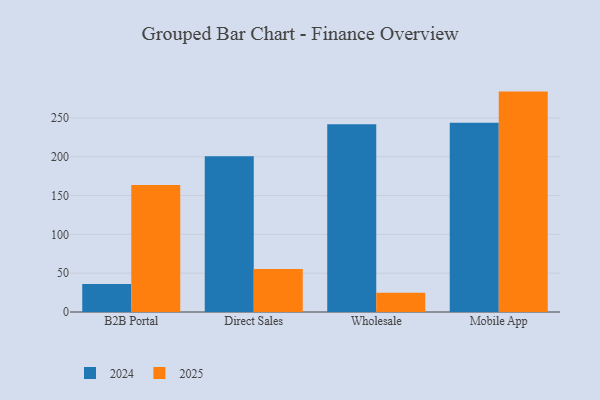
{"axis": {"x": "Channel", "y": "Satisfaction Score"}, "legend": ["2024", "2025"], "data": [{"x": "B2B Portal", "y": 36.1, "type": "2024"}, {"x": "B2B Portal", "y": 163.5, "type": "2025"}, {"x": "Direct Sales", "y": 200.6, "type": "2024"}, {"x": "Direct Sales", "y": 55.4, "type": "2025"}, {"x": "Wholesale", "y": 241.8, "type": "2024"}, {"x": "Wholesale", "y": 24.7, "type": "2025"}, {"x": "Mobile App", "y": 243.7, "type": "2024"}, {"x": "Mobile App", "y": 283.9, "type": "2025"}]}